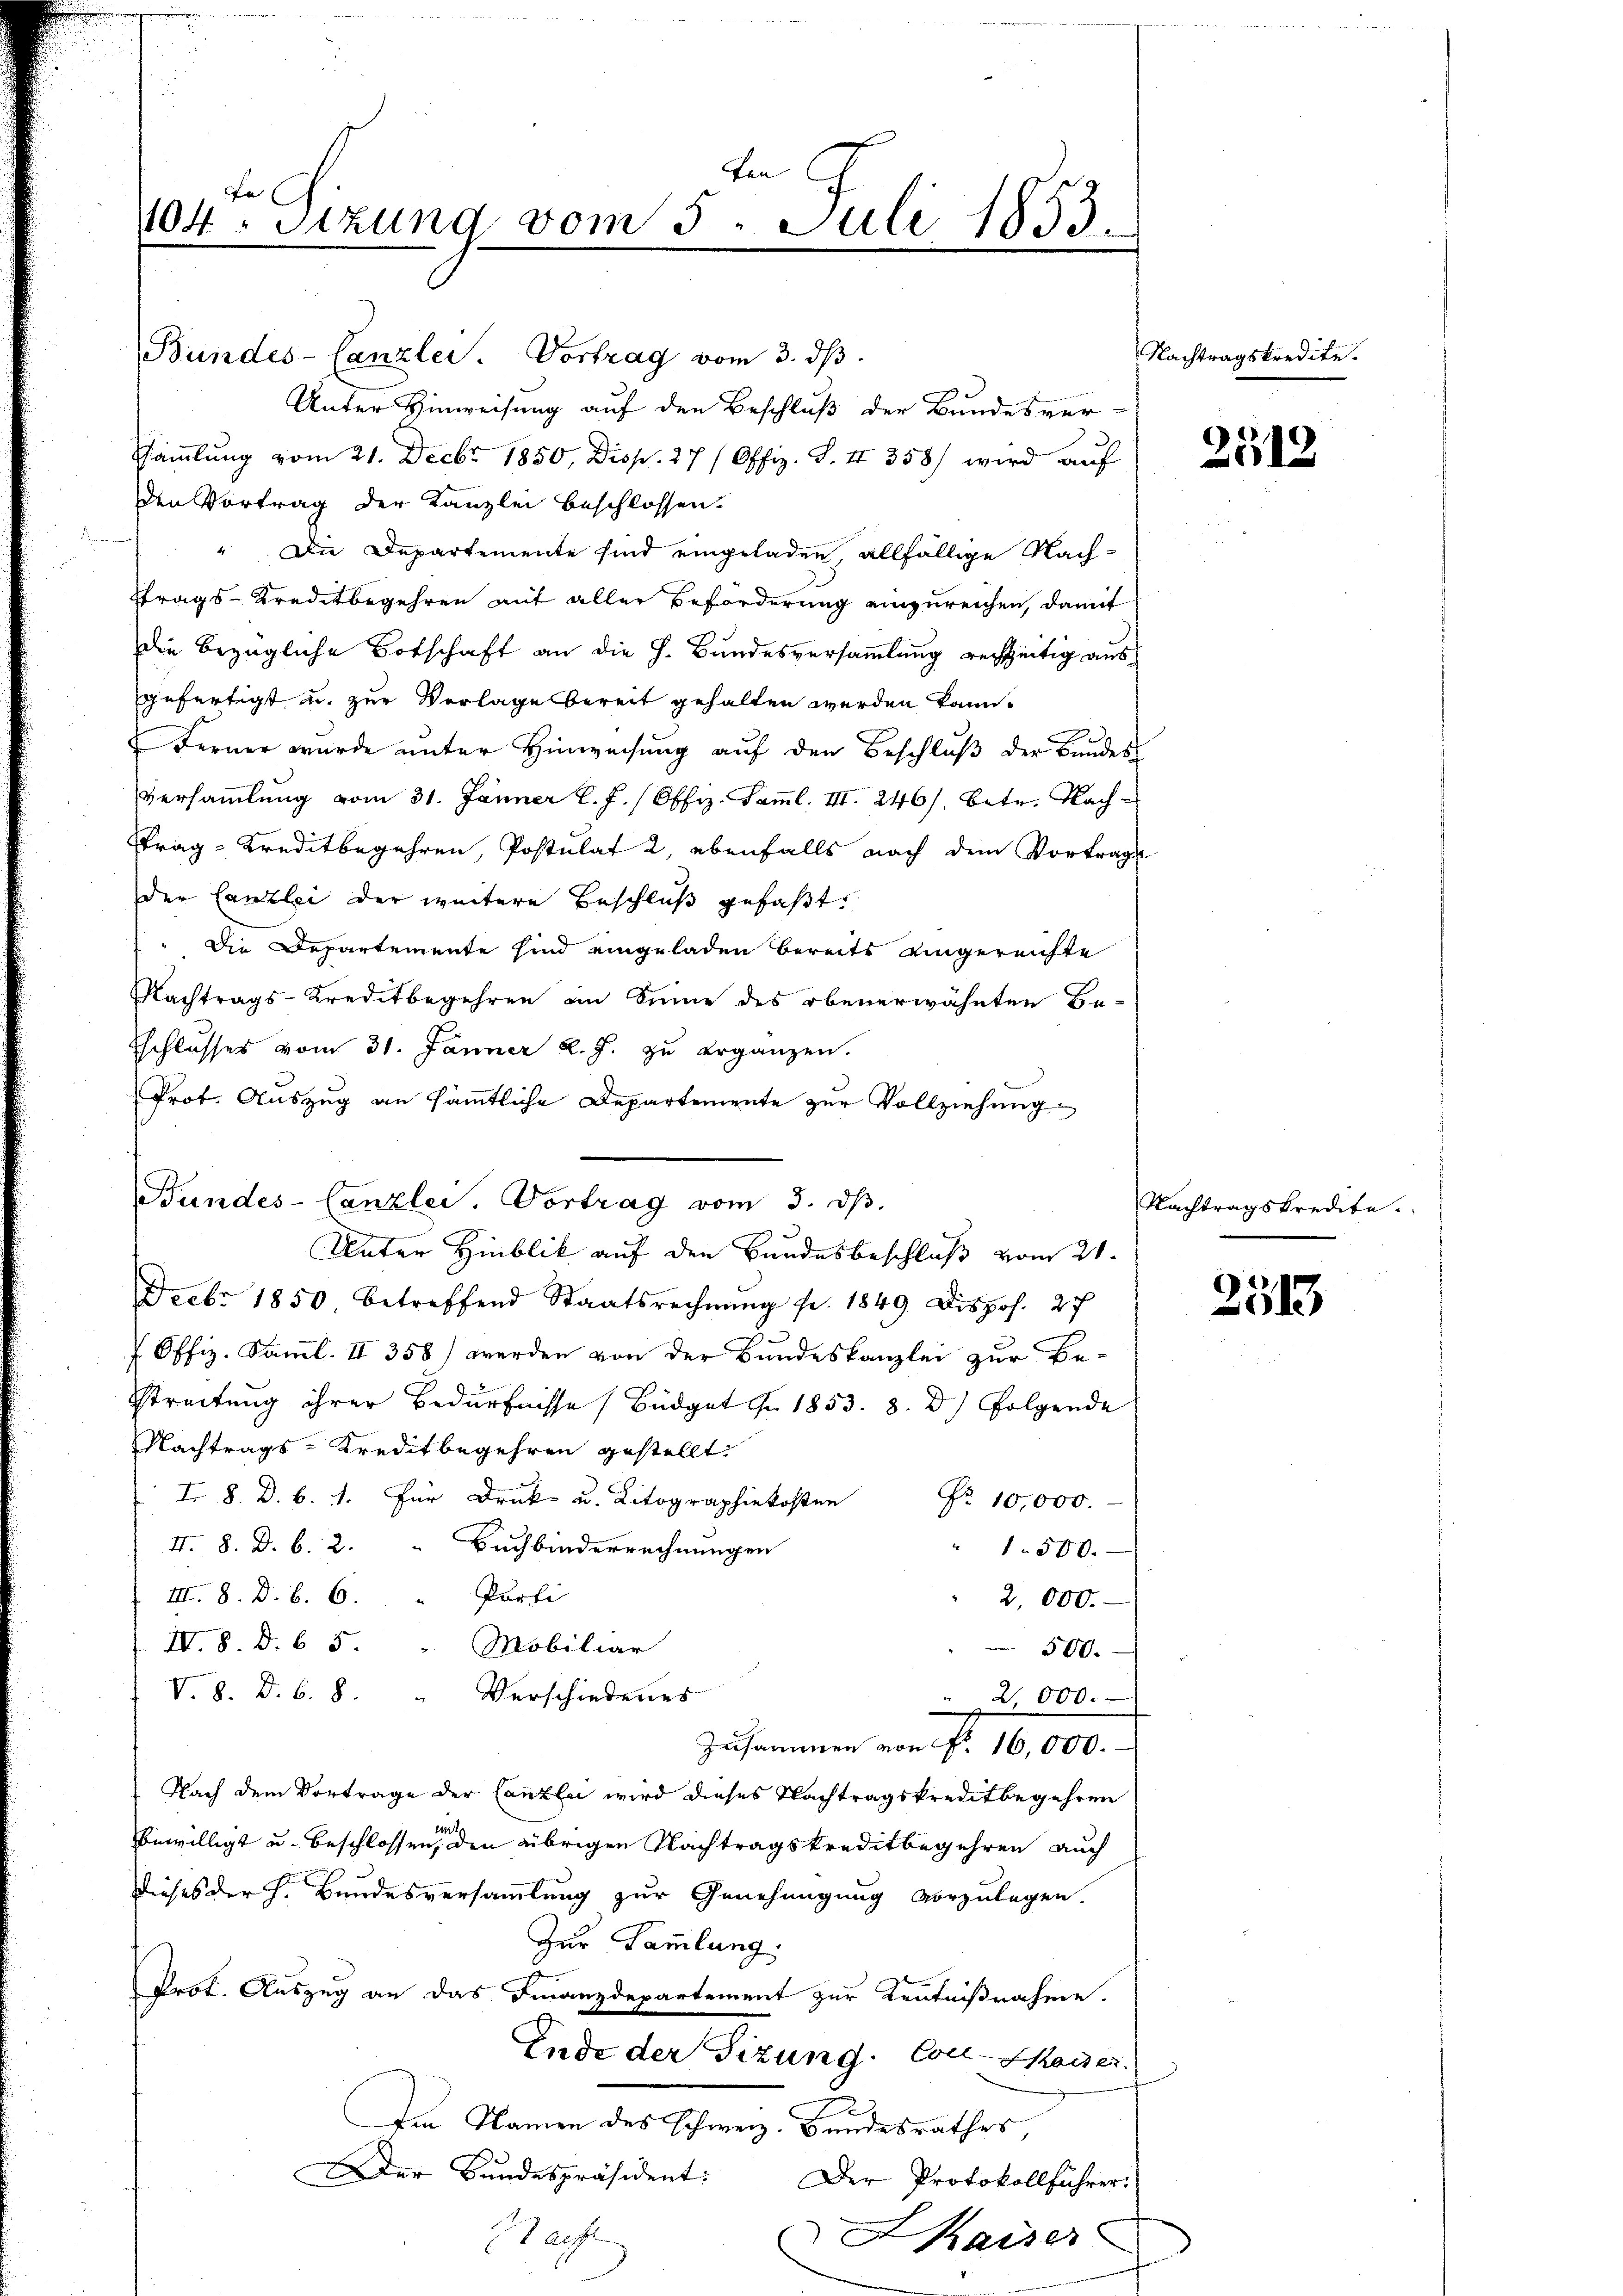
Fen
a
1104. Sitzung vom 5. Juli 1853.

Bundes-Canzlei. Vortrag vom 3. dβ
Unter Hinweisung auf den Beschluß der Bundesver-
Sammlung vom 21. Decbr 1850, Disp. 27 (Offiz. S. II 358) wird auf
den Vortrag der Kanzlei beschlossen.
" Die Departemente sind eingeladen, allfällige Nach-
Etrags-Kreditbegehren mit aller Beförderung einzureichen, damit
die bezügliche Botschaft an die h. Bundesversammlung rechtzeitig ausgefertigt u. zur Vorlage bereit gehalten werden kann.
.
Ferner wurde unter Hinweisung auf den Beschluß der Bundes
Versammlung vom 31. Jänner l. J. (Offiz. Samml. III. 246. betr. Nach-
trag- Kreditbegehren, Postulat 2, ebenfalls nach dem Vortrage
der Canzlei der weitere Beschluß gefaßt
Die Departemente sind eingeladen bereits eingereichte
Nachtrags-Kreditbegehren im Sinne des obenerwähnten Be-
Eschlusses vom 31. Jänner k. J. zu ergänzen.
Prot. Auszug an sämmtliche Departemente zur Vollziehung
Feebr 1850 betreffend Staatsrechnŭng fr. 1849 Dispos. 27
 Offiz. Samml. II 358) werden von der Bundeskanzlei zur Be-
Streitung ihrer Bedürfnisse Büdget in 1853. 8. d.) Folgende
Nachtrags-Kreditbegehren gestellt.
.000.
I. 8. D. b. 2. Buchbinderrechnungen
" 1500.
III. 8. D. b. 6. " Porti
2 000.
IV. 8. d. 6 5 " Mobiliar
500.
V. 8. d. b. 8. " Verschiedenes
2,000.
n
Zusammen von N. 16,000.
Nach dem Vortrage der Canzlei wird dieses Nachtragskreditbegehren
t
bewilligt u. beschlossen, den übrigen Nachtragskreditbegehren auch
dieses der h. Bundesversammlung zur Genehmigung vorzulegen.
Zur Sammlung,
Prot. Auszug an das Finanzdepartement zur Kentnißnahme.
Ende der Tizung. Coll-Skaiser.
Im Namen des Schweiz. Bundesrathes,
Der Bundespräsident:
Der Protokollführer.
Saufe
Kaiser

Bundes-Canzlei. Vortrag vom 3. dβ.
Unter Hinblik auf den Bundesbeschluß vom 21.

Nachtragskredite.

Nachtragskredite.

2512

)
113